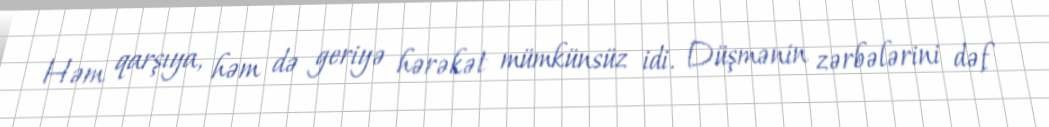
Həm qarşıya, həm də geriyə hərəkət mümkünsüz idi. Düşmənin zərbələrini dəf